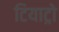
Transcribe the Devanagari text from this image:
टियाट्रो